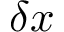
\delta x